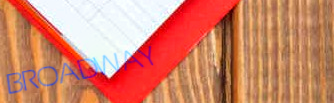
BROADWAY